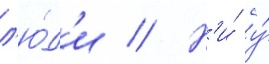
л'ю́д'и // Н'и́ у́